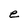
Character: e